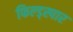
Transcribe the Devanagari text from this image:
फिल्ड्स्पार